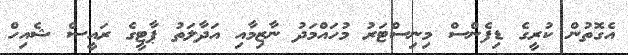
އެގޮތުން ކުރީގެ ޑިފެންސް މިނިސްޓަރު މުހައްމަދު ނާޒިމާއި އަދާލަތު ޕާޓީގެ ރައީސް ޝެއިހް